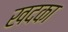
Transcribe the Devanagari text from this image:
खदका